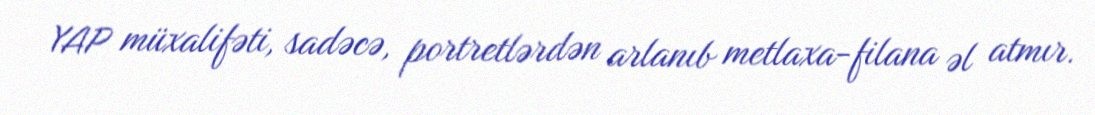
YAP müxalifəti, sadəcə, portretlərdən arlanıb metlaxa-filana əl atmır.